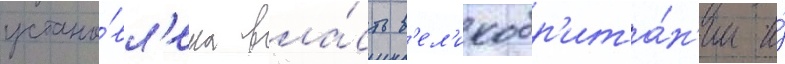
устано́вл'ена вла́сть в'ел'икобр'ита́н'ии и́